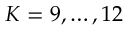
K = 9 , \ldots , 1 2